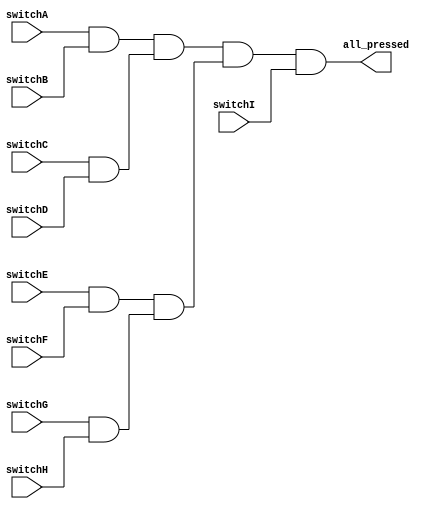
module all_switch
	(output all_pressed,
	 input switchA, switchB, switchC, switchD, switchE, switchF, switchG, switchH, switchI);

	wire out1, out2, out3, out4, out5, out6, out7;

	and(out1, switchA, switchB);
	and(out2, switchC, switchD);
	and(out3, switchE, switchF);
	and(out4, switchG, switchH);

	and(out5, out1, out2);
	and(out6, out3, out4);

	and(out7, out5, out6);

	and(all_pressed, out7, switchI);

	// always @(*) begin
	// 	$display("all_pressed = %b, switchA = %b, switchB = %b, switchC = %b, switchD = %b, switchE = %b, switchF = %b, switchG = %b, switchH = %b, switchI = %b, time: %1d", 
	// 		all_pressed, switchA, switchB, switchC, switchD, switchE, switchF, switchG, switchH, switchI, $time);
	// end

endmodule